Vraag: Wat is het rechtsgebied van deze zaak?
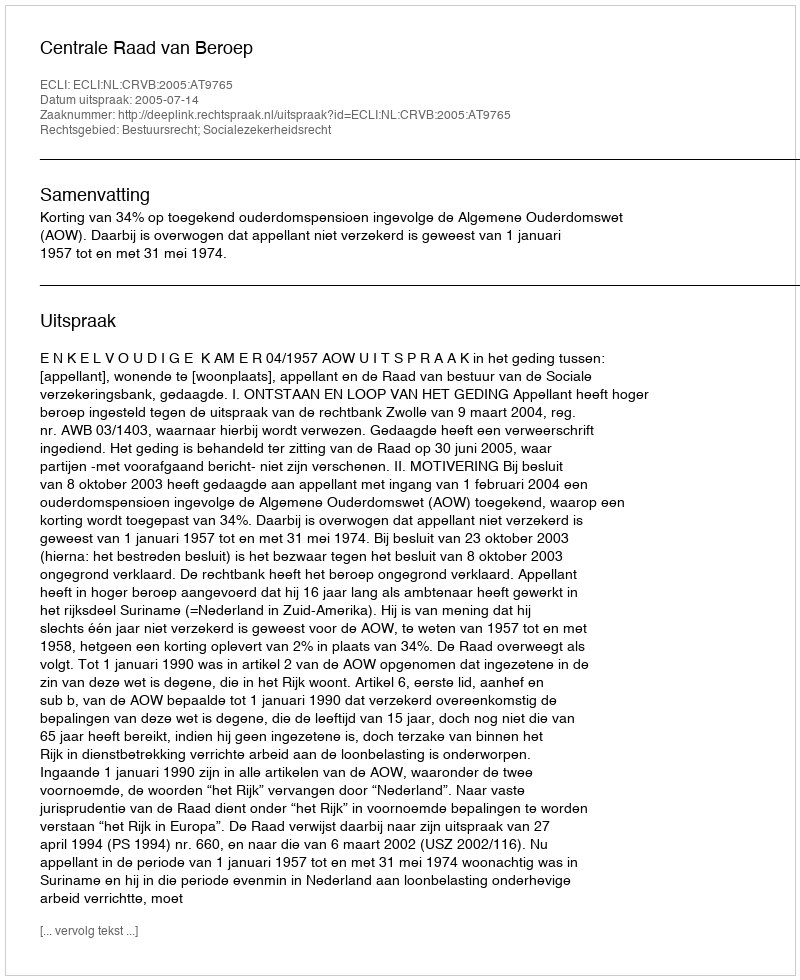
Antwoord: Bestuursrecht; Socialezekerheidsrecht